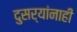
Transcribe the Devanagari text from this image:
दुसर्‍यांनाही